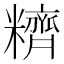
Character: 𰫕